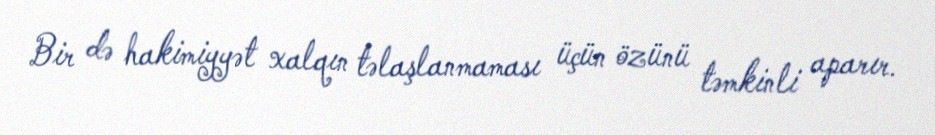
Bir də hakimiyyət xalqın təlaşlanmaması üçün özünü təmkinli aparır.